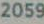
2059